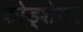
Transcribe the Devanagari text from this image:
कोड्शेयर